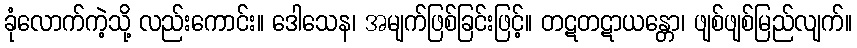
ခုံလောက်ကဲ့သို့ လည်းကောင်း။ ဒေါသေန၊ အမျက်ဖြစ်ခြင်းဖြင့်။ တဋတဋာယန္တော၊ ဖျစ်ဖျစ်မြည်လျက်။